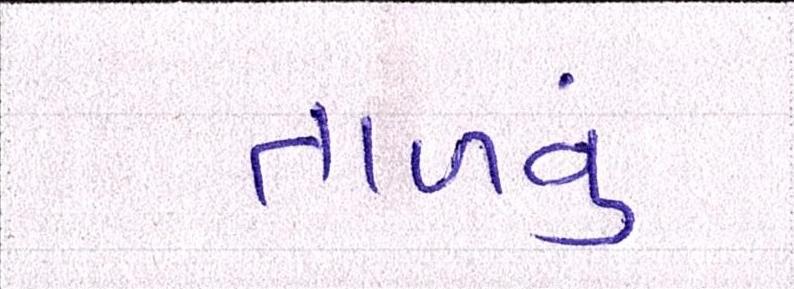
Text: તાળવું